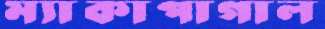
ম্যাকাপাগাল